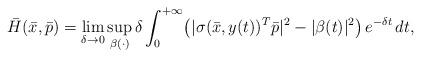
LaTeX: \begin{align*}\bar{H}(\bar{x}, \bar{p})= \lim_{\delta \rightarrow 0} \sup_{\beta(\cdot)} \delta \int_0^{+\infty} \! \left(|\sigma(\bar{x},y(t))^T\bar{p}|^2 - |\beta(t)|^2\right)e^{-\delta t} \, dt,\end{align*}